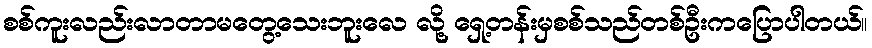
စစ်ကူးလည်းလာတာမတွေ့သေးဘူးလေ လို့ ရှေ့တန်းမှစစ်သည်တစ်ဦးကပြောပါတယ်။